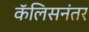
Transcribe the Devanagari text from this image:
कॅलिसनंतर